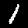
Digit: 1